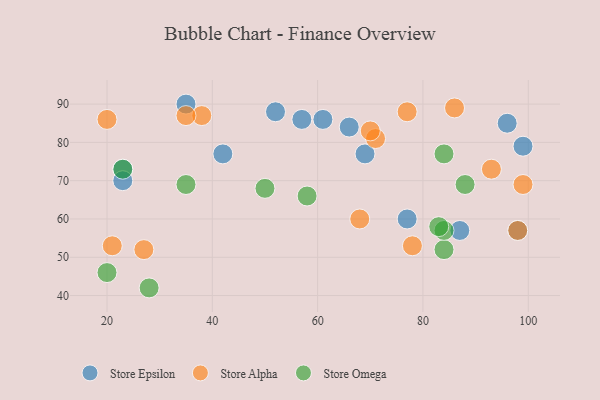
{"axis": {"x": "GDP", "y": "Life Expectancy"}, "legend": ["Store Alpha", "Store Epsilon", "Store Omega"], "data": [{"x": "99", "y": 79, "type": "Store Epsilon"}, {"x": "96", "y": 85, "type": "Store Epsilon"}, {"x": "42", "y": 77, "type": "Store Epsilon"}, {"x": "61", "y": 86, "type": "Store Epsilon"}, {"x": "23", "y": 73, "type": "Store Epsilon"}, {"x": "87", "y": 57, "type": "Store Epsilon"}, {"x": "66", "y": 84, "type": "Store Epsilon"}, {"x": "35", "y": 90, "type": "Store Epsilon"}, {"x": "52", "y": 88, "type": "Store Epsilon"}, {"x": "57", "y": 86, "type": "Store Epsilon"}, {"x": "98", "y": 57, "type": "Store Epsilon"}, {"x": "77", "y": 60, "type": "Store Epsilon"}, {"x": "69", "y": 77, "type": "Store Epsilon"}, {"x": "23", "y": 70, "type": "Store Epsilon"}, {"x": "27", "y": 52, "type": "Store Alpha"}, {"x": "20", "y": 86, "type": "Store Alpha"}, {"x": "77", "y": 88, "type": "Store Alpha"}, {"x": "38", "y": 87, "type": "Store Alpha"}, {"x": "71", "y": 81, "type": "Store Alpha"}, {"x": "35", "y": 87, "type": "Store Alpha"}, {"x": "21", "y": 53, "type": "Store Alpha"}, {"x": "78", "y": 53, "type": "Store Alpha"}, {"x": "93", "y": 73, "type": "Store Alpha"}, {"x": "70", "y": 83, "type": "Store Alpha"}, {"x": "99", "y": 69, "type": "Store Alpha"}, {"x": "68", "y": 60, "type": "Store Alpha"}, {"x": "86", "y": 89, "type": "Store Alpha"}, {"x": "98", "y": 57, "type": "Store Alpha"}, {"x": "88", "y": 69, "type": "Store Omega"}, {"x": "35", "y": 69, "type": "Store Omega"}, {"x": "58", "y": 66, "type": "Store Omega"}, {"x": "50", "y": 68, "type": "Store Omega"}, {"x": "84", "y": 52, "type": "Store Omega"}, {"x": "84", "y": 57, "type": "Store Omega"}, {"x": "84", "y": 77, "type": "Store Omega"}, {"x": "20", "y": 46, "type": "Store Omega"}, {"x": "28", "y": 42, "type": "Store Omega"}, {"x": "23", "y": 73, "type": "Store Omega"}, {"x": "83", "y": 58, "type": "Store Omega"}]}